system: You are a helpful assistant.
user:
Analyze the provided spectrum to determine if it is a **"Cataclysmic Variables (CV)"**.

- **Key Indicators for CV (Check for either state):**
    - **State 1: Quiescent / Low-State (Emission-Dominated)**
        - **(Primary):** Strong and *very broad* Hydrogen Balmer emission lines (e.g., $H\alpha$ at 6563 Å, $H\beta$ at 4861 Å). The 'broadness' (high velocity dispersion, often FWHM > 1000 km/s) is the key diagnostic, indicating a high-velocity accretion disk.
        - **(Secondary):** Broad neutral Helium (He I) emission lines (e.g., 5876 Å, 6678 Å).
        - **(Key Confirmation):** Presence of high-excitation *ionized* Helium (He II) emission at 4686 Å. This is a strong indicator of accretion onto a white dwarf.
        - **(Line Profile):** Emission lines may exhibit a 'double-peaked' profile, which is a classic signature of a rotating accretion disk viewed at high inclination.

    - **State 2: Outburst / High-State (Absorption-Dominated)**
        - **(Primary):** Spectrum is dominated by a bright, blue continuum (looks like a hot star).
        - **(Secondary):** The emission lines from State 1 are weak, absent, or 'filled in', and are replaced by broad, shallow *absorption* lines (primarily Balmer and He I).
        - **(Morphology):** The overall spectrum mimics a hot B/A-type star. The crucial difference is that the absorption lines are significantly broader, shallower, and more 'washed-out' (or 'smeared') than the sharp lines of a normal stellar photosphere, due to high rotational speeds and pressure broadening in the disk.

Think first, call **spectral_visualization_tool** if needed to examine features in detail, then provide your final answer. Your response must adhere to the following strict rules:
1.  **Overall Structure:** Your response must follow the format `<think>...</think> <tool_call>...</tool_call> (if a tool is used) <answer>...</answer>`.
2.  **Tool Usage Constraint:** You may only make **one** tool call per turn.
3.  **Final Answer Format:** In the `<answer>` tag, your conclusion must be inside a `\boxed{}` command (e.g., `\boxed{YES}`), followed by your justification.

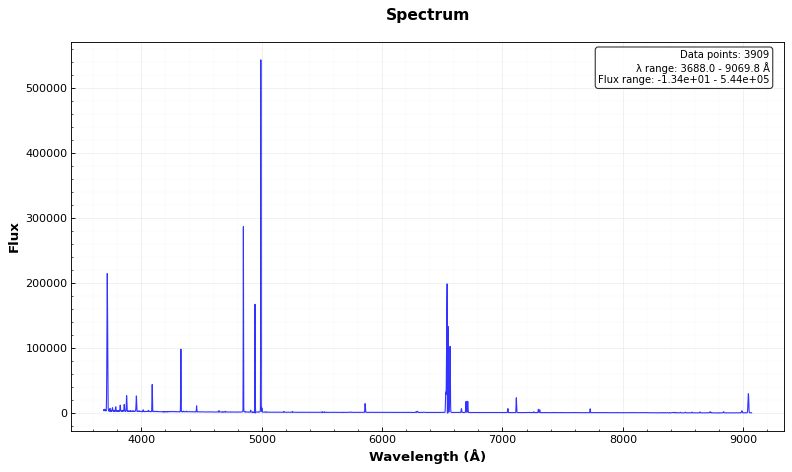
Answer: NO